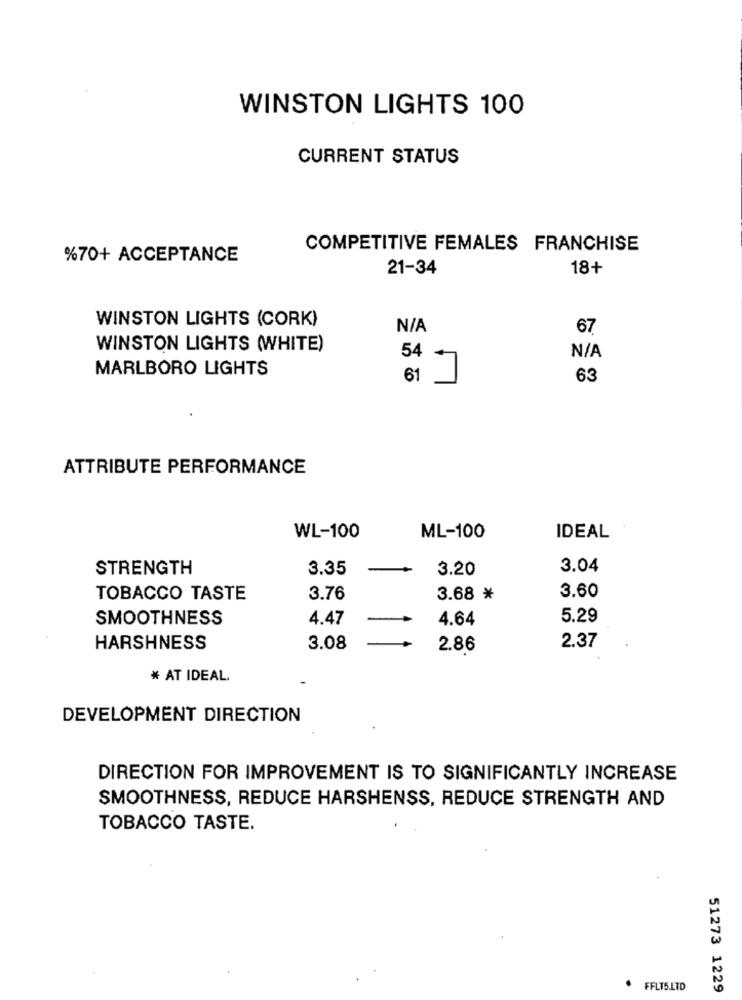
WINSTON LIGHTS 100
CURRENT STATUS
COMPETITIVE FEMALES FRANCHISE
%70+ ACCEPTANCE
21-34
18+
WINSTON LIGHTS (CORK)
67
WINSTON LIGHTS (WHITE)
54
MARLBORO LIGHTS
61
63
ATTRIBUTE PERFORMANCE
WL-100
ML-100
IDEAL
STRENGTH
3.35
3.20
3.04
TOBACCO TASTE
3.76
3.68 *
3.60
SMOOTHNESS
4.47
4.64
5.29
HARSHNESS
3.08
2.86
2.37
* AT IDEAL.
DEVELOPMENT DIRECTION
DIRECTION FOR IMPROVEMENT IS TO SIGNIFICANTLY INCREASE
SMOOTHNESS, REDUCE HARSHENSS, REDUCE STRENGTH AND
TOBACCO TASTE.
FFLT5.LTD
51273 1229